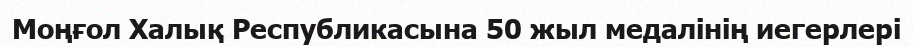
Моңғол Халық Республикасына 50 жыл медалінің иегерлері